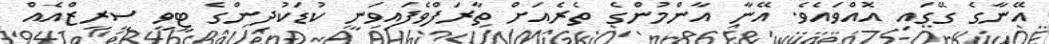
އޭނާގެ ގޭގައި އޮއްވައެވެ. އޭނާ އާންމުންގެ ތެރެއަށް ތާރަފްވެފައިވަނީ ކުޑަކުދިންގެ ޓީވީ ސީރީޒްއެއް